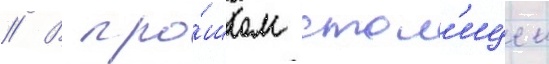
// В про́шлом стол'ицеи